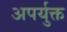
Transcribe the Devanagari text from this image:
अपर्युक्त